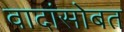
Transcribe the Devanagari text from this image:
वादांसोबत